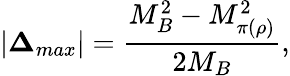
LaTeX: |{\mathbf\Delta}_{max}|=\frac{M_{B}^{2}-M_{\pi(\rho)}^{2}}{2M_{B}},